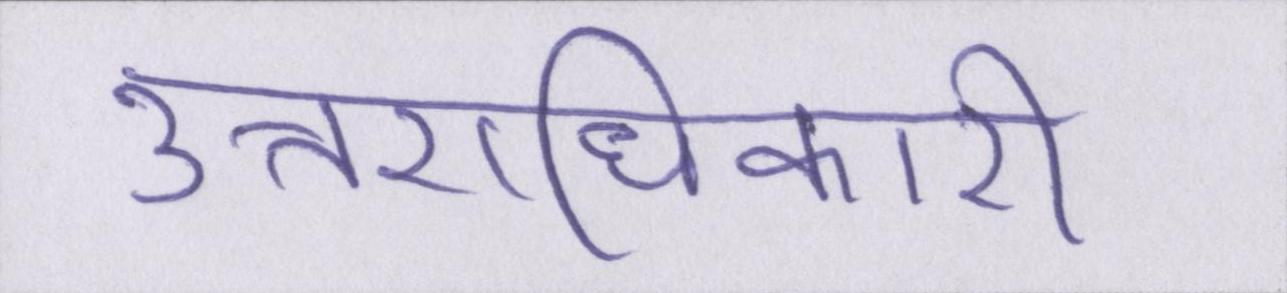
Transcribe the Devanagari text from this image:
उत्तराधिकारी